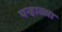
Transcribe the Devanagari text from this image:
पन्हाळ्या